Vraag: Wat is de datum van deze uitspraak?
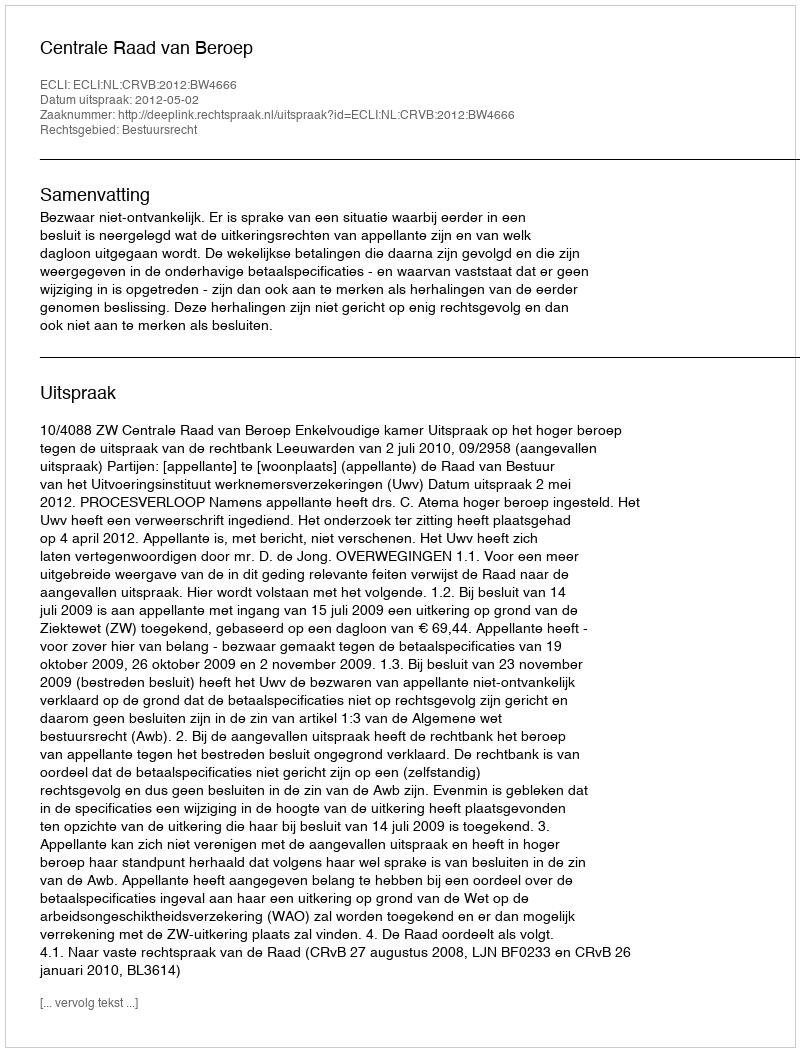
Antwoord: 2012-05-02